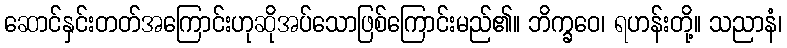
ဆောင်နှင်းတတ်အကြောင်းဟုဆိုအပ်သောဖြစ်ကြောင်းမည်၏။ ဘိက္ခဝေ၊ ရဟန်းတို့။ သညာနံ၊